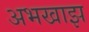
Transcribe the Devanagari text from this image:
अभखाझ